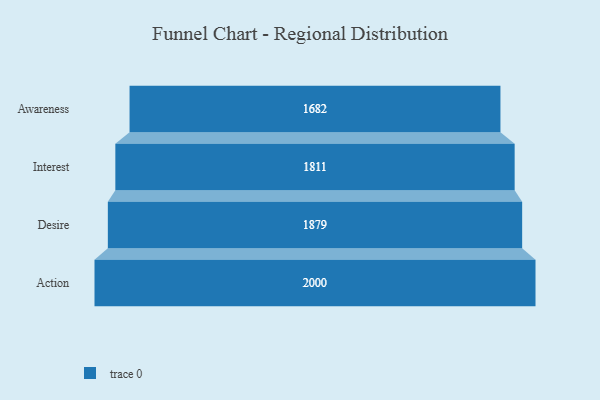
{"axis": {"x": "Stage", "y": "Value"}, "legend": [""], "data": [{"x": "Awareness", "y": 1682.0, "type": ""}, {"x": "Interest", "y": 1811.0, "type": ""}, {"x": "Desire", "y": 1879.0, "type": ""}, {"x": "Action", "y": 2000, "type": ""}]}